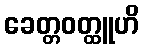
ခေတ္တဝတ္ထူဟိ